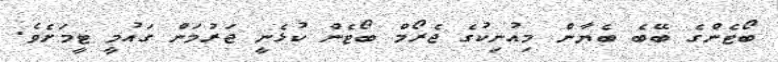
ބޯޓެންގެ ބޭބެ ބެޔާން މިއުނިކުގެ ޖެރޯމް ބޯޓެން ކުޅެނީ ޖަރުމަން ގައުމީ ޓީމަށެވެ.